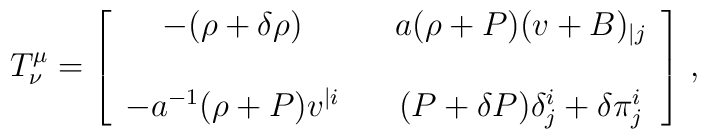
T^\mu_\nu =\left[\begin{array}{ccc}-(\rho+\delta\rho) & & a(\rho+P) ( v +B )_{|j} \\ &&\\-a^{-1}(\rho+P)v^{|i} & & (P+\delta P)\delta^i_j + \delta\pi^i_j\end{array}\right] \,,